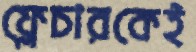
ফ্লেচারকেই